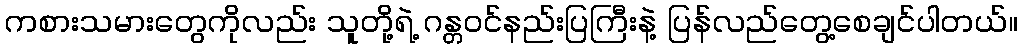
ကစားသမားတွေကိုလည်း သူတို့ရဲ့ ဂန္တဝင်နည်းပြကြီးနဲ့ ပြန်လည်တွေ့စေချင်ပါတယ်။